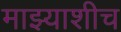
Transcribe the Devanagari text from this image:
माझ्याशीच